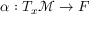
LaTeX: \alpha : T _ { x } { \mathcal { M } } \rightarrow F